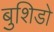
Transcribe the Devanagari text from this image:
बुशिडो